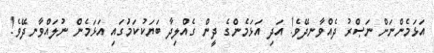
އަޅަމެންނަށް ނަޞްރު ދެއްވާނދޭވެ! އަދި އަޅަމެންގެ ދީން ގެއްލިދާ ބަޔަކުކަމަުގައި އަޅަމެން ނުލައްވާނދޭވެ!